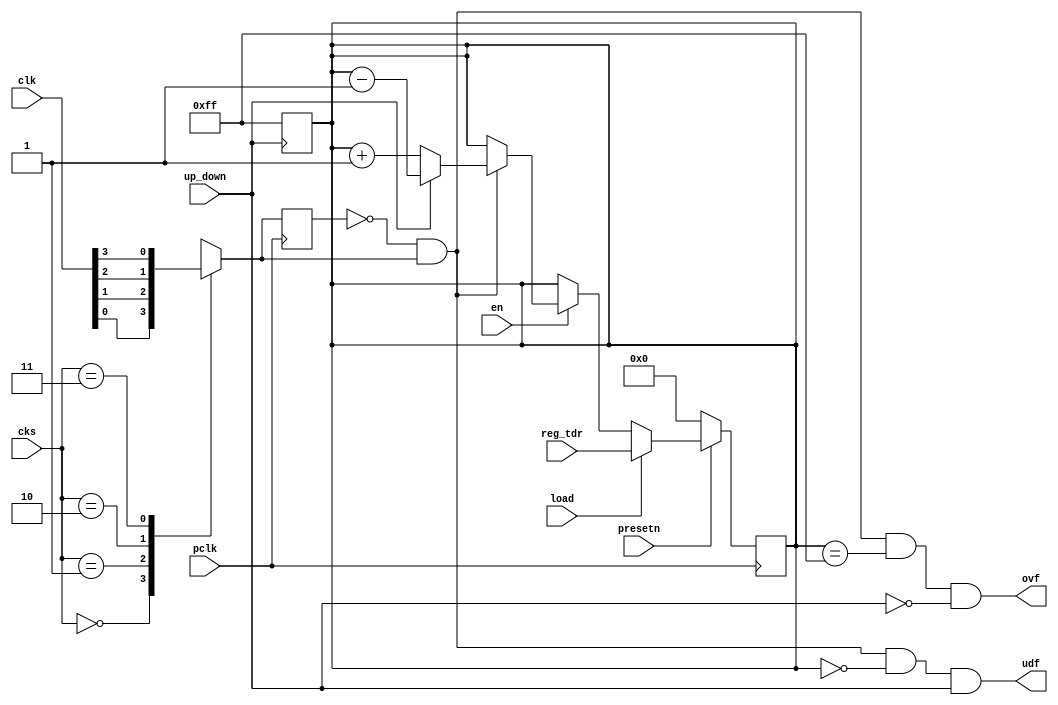
module timer (clk,pclk,presetn,load,en,up_down,cks,reg_tdr,ovf,udf);

  input wire [3:0] clk;
  input wire pclk, presetn, en, load, up_down;
  input wire [7:0] reg_tdr;
  input wire [1:0] cks;

  //output wire ovf, udf;
  output wire ovf;
  output wire udf;

  //internal signals
  reg clk_in;
  reg clk_dly;  //rising edge detection
  wire clk_out;  //rising edge detection
  reg [7:0] cnt; //counter
  reg udf_t = 1'b0;  

  //select clock
  always @(clk or cks) begin
    case(cks)
      2'b00: clk_in = clk[0];
      2'b01: clk_in = clk[1];
      2'b10: clk_in = clk[2];
      2'b11: clk_in = clk[3];
    endcase
  end

  //rising edge detection
  always @(posedge pclk) begin
    clk_dly <= clk_in;
  end
  assign clk_out = (~clk_dly) & clk_in;
  
  //counter
  always @(posedge pclk) begin
    if(!presetn) cnt <= 8'h00;
    else begin //preset_n = 1'b1;
      if(load) begin 
        cnt <= reg_tdr;
	udf_t <= 1'b1;
      end
      else if(!en) //en=1'b0, load = 1'b0;
           cnt <= cnt;
      else if(!clk_out) //en=1'b1, clk_out=1'b0;
	   cnt <= cnt;
	   else if(up_down) //clk_out = 1'b1, up_dw=1'b1;
		  cnt <= cnt - 1'b1; //cnt_dw
		else
		  cnt <= cnt + 1'b1;  //cnt_up
    end
  end

  //overflow
  assign ovf = (clk_out == 1'b1) & (cnt == 8'hff) & (!up_down);

  //underflow
  always @(posedge up_down) begin
    if(!udf_t)
      cnt <= 8'hff;
    else begin
      cnt <= cnt;
      udf_t <= 1'b0;
    end
  end

  assign udf = (clk_out == 1'b1) & (cnt == 8'h00) & (up_down);


endmodule